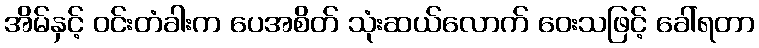
အိမ်နှင့် ဝင်းတံခါးက ပေအစိတ် သုံးဆယ်လောက် ဝေးသဖြင့် ခေါ်ရတာ